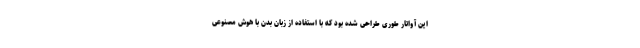
این آواتار طوری طراحی شده بود که با استفاده از زبان بدن با هوش مصنوعی